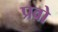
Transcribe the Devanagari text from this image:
प्रवो